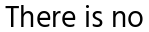
There is no